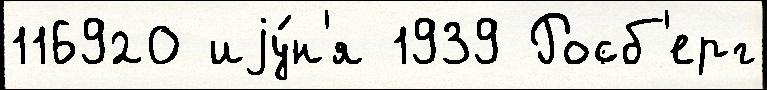
116920 иjу́н'я 1939 Росб'ерг